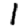
Digit: 1